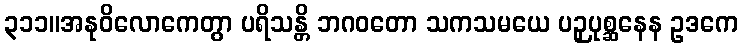
၃၁၁။အနုဝိလောကေတွာ ပရိသန္တိ ဘဂဝတော သကသမယေ ပဉှပုစ္ဆနေန ဥဒကေ